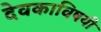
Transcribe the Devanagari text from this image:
देवकाविषयी